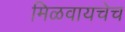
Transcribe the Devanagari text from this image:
मिळवायचेच